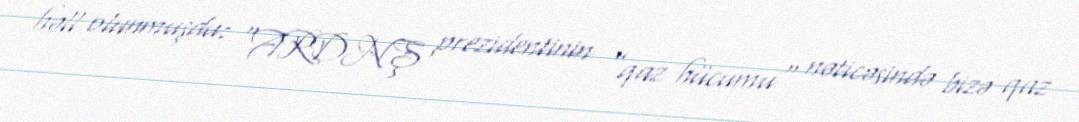
həll olunmuşdu: “ARDNŞ prezidentinin ”qaz hücumu" nəticəsində bizə qaz